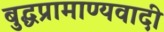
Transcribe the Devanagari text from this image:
बुद्धप्रामाण्यवादी